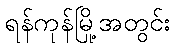
ရန်ကုန်မြို့အတွင်း